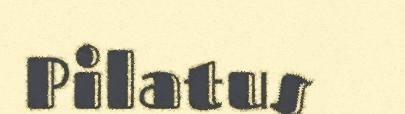
Pilatus